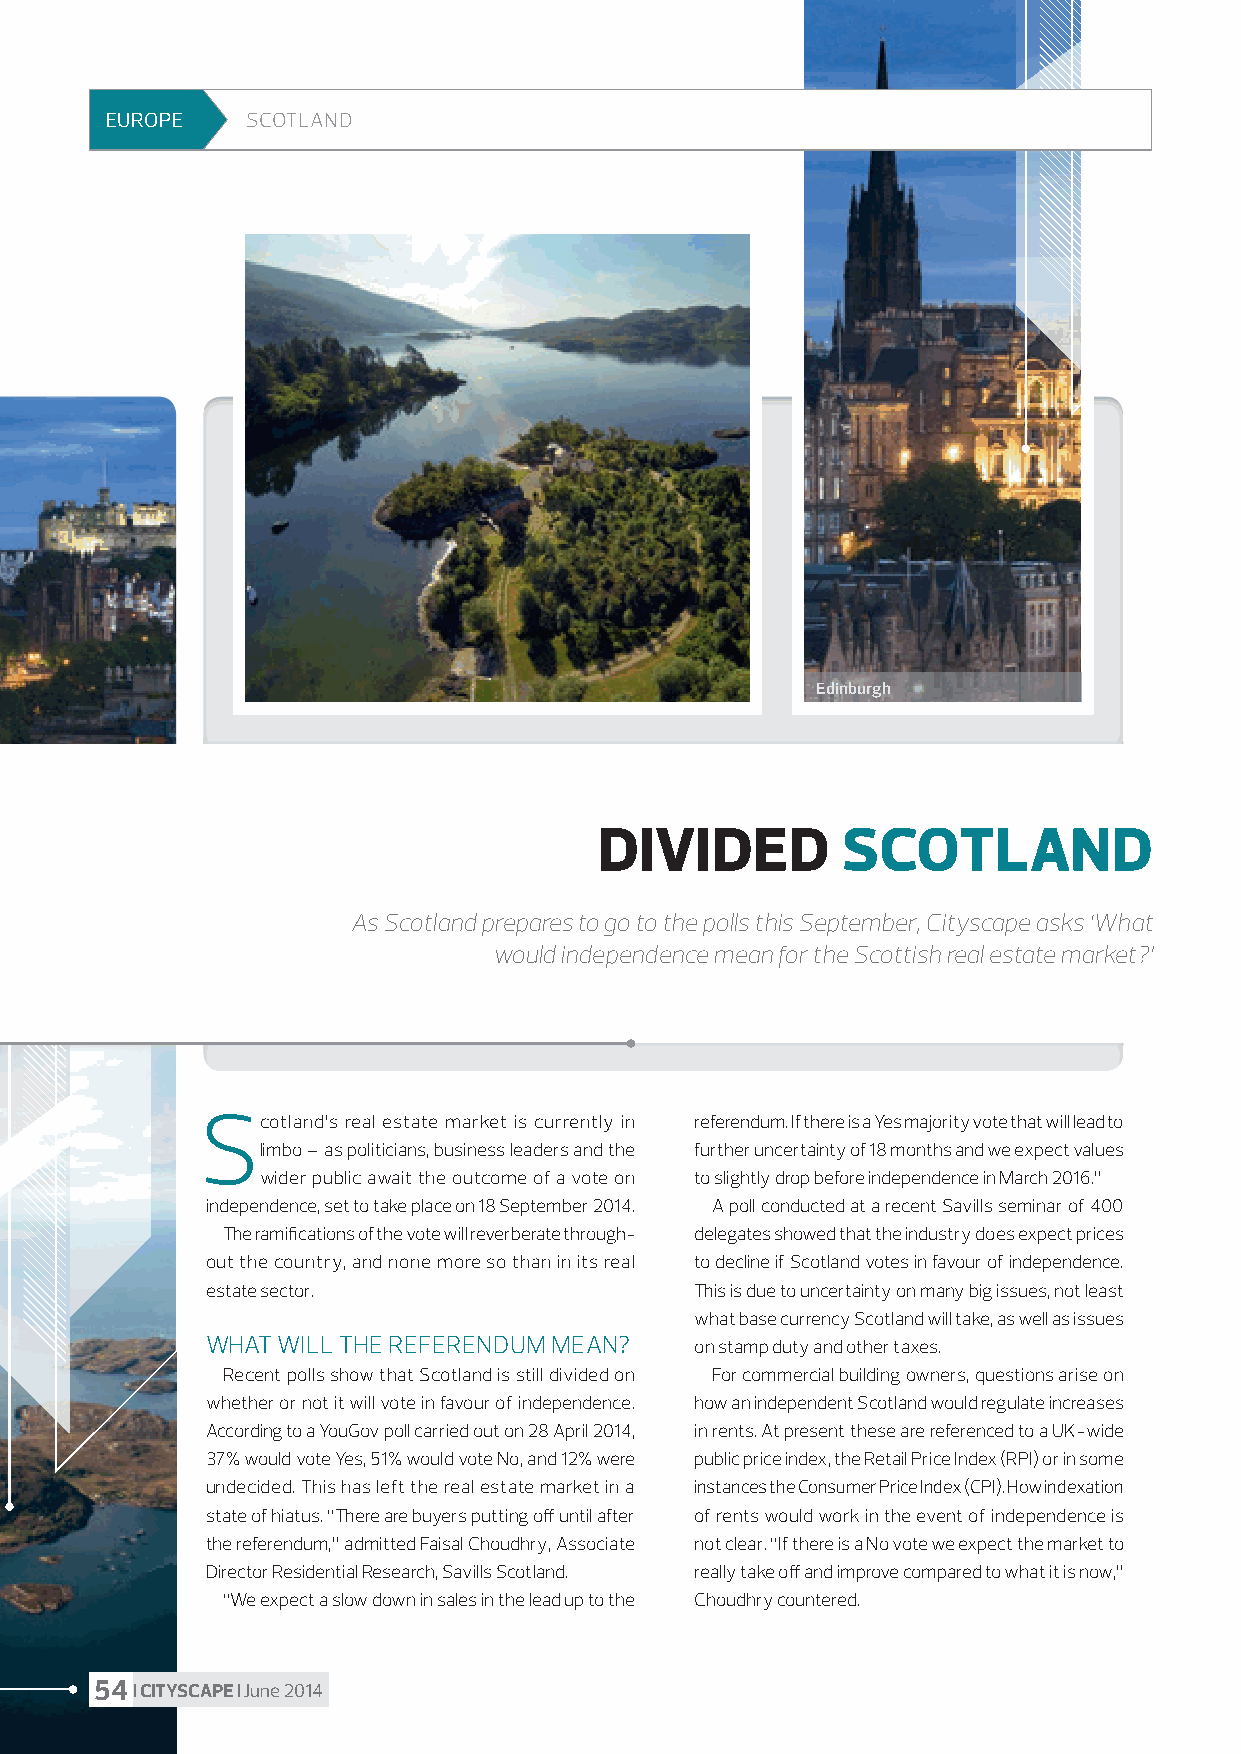
EUROPE   SCOTLAND
 Edinburgh
 DIVIDED         SCOTLAND
 As Scotland prepares to go to the polls this September, Cityscape asks ‘What
 would independence mean for the Scottish real estate market?’
 Scotland’s real estate market is currently in referendum. If there is a Yes majority vote that will lead to
 limbo – as politicians, business leaders and the further uncertainty of 18 months and we expect values
 wider public await the outcome of a vote on to slightly drop before independence in March 2016.”
 independence, set to take place on 18 September 2014. A poll conducted at a recent Savills seminar of 400
 The ramifications of the vote will reverberate through- delegates showed that the industry does expect prices
 out the country, and none more so than in its real to decline if Scotland votes in favour of independence.
 estate sector.                  This is due to uncertainty on many big issues, not least
 what base currency Scotland will take, as well as issues
 WHAT WILL THE REFERENDUM MEAN?  on stamp duty and other taxes.
 Recent polls show that Scotland is still divided on For commercial building owners, questions arise on
 whether or not it will vote in favour of independence. how an independent Scotland would regulate increases
 According to a YouGov poll carried out on 28 April 2014, in rents. At present these are referenced to a UK-wide
 37% would vote Yes, 51% would vote No, and 12% were public price index, the Retail Price Index (RPI) or in some
 undecided. This has left the real estate market in a instances the Consumer Price Index (CPI). How indexation
 state of hiatus. “There are buyers putting off until after of rents would work in the event of independence is
 the referendum,” admitted Faisal Choudhry, Associate not clear. “If there is a No vote we expect the market to
 Director Residential Research, Savills Scotland. really take off and improve compared to what it is now,”
 “We expect a slow down in sales in the lead up to the Choudhry countered.
 54 I CITYSCAPE I June 2014